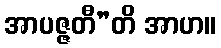
အာပဇ္ဇတီ”တိ အာဟ။